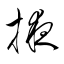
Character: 掖